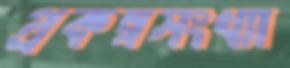
প্রকল্পসংখ্যা